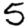
Digit: 5